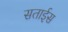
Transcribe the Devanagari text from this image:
सताईस